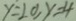
y = 2 0 , y = 4